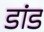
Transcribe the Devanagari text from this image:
डांड